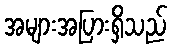
အများအပြားရှိသည်